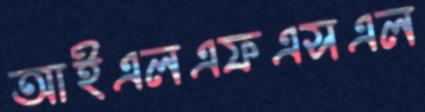
আইএলএফএসএল